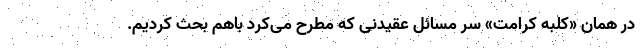
در همان «کلبه کرامت» سر مسائل عقیدنی که مطرح می‌کرد باهم بحث کردیم.